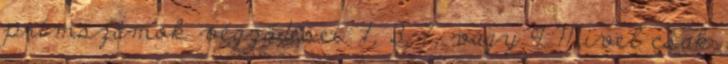
prímszámok végződései: 1, 3, 7, vagy 9 Mivel csak